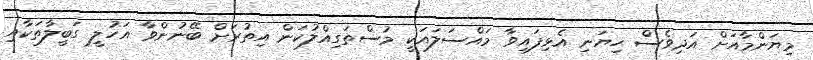
މިޔަންމާއަށް އަދިވެސް ހިޔަނި އެޅިފައިވާ މައްސަލައަކީ މުސްތަގިއްލުކަން އިތުރަށް ބޭނުންވާ އަހުލީ ގަބީލާތަކާއި